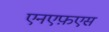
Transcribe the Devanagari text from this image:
एनएफ़एस